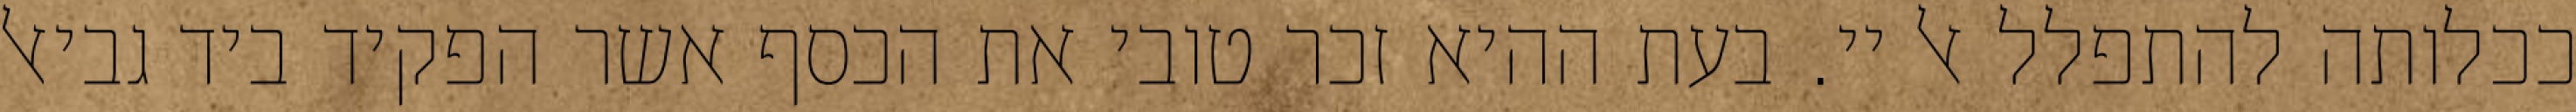
ככלותה להתפלל אל יי. בעת ההיא זכר טובי את הכסף אשר הפקיד ביד גביאל